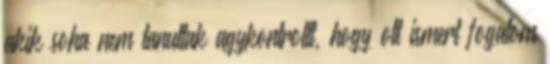
akik soha nem tanultak agykontrollt, hogy ott ismert fogalom